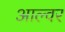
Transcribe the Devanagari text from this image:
आल्वर